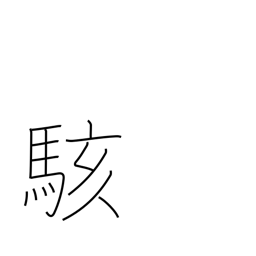
Meaning: be surprised